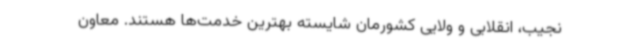
نجیب، انقلابی و ولایی کشورمان شایسته بهترین خدمت‌ها هستند. معاون